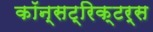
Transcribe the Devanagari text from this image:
कॉन्सट्रिक्टर्स